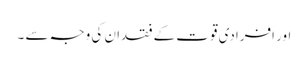
اور افرادی قوت کے فقدان کی وجہ سے ۔